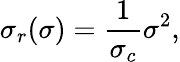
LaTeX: \sigma_{r}(\sigma)=\frac{1}{\sigma_{c}}\sigma^{2},